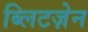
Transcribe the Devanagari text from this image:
ब्लिटज़ेन